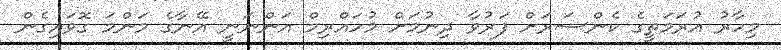
މިހާރު އުރަމަތީގެ ކެންސަރަށް ފަރުވާ ދިނުމަށް މުހައްރިމް އަންނަނީ އޭނާގެ މަންމަ ގޮވައިގެން